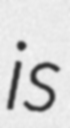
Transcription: is